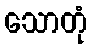
သောတုံ